Papers set at the Examination for Leaving Certificates, 1894
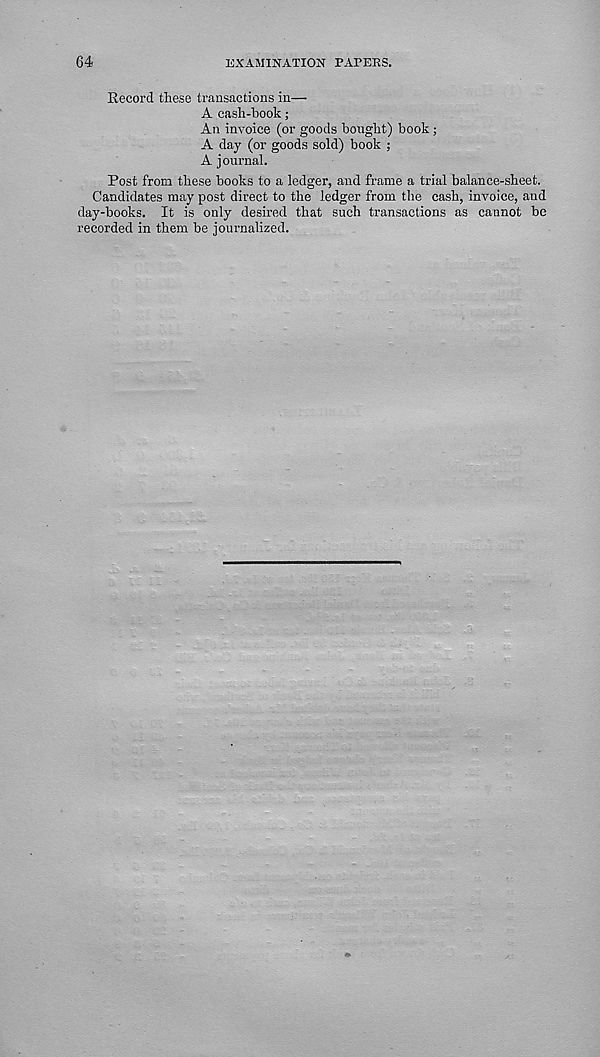
64
EXAMINATION PAPERS.
Record these transactions in—
A cash-book;
An invoice (or goods bought) book ;
A day (or goods sold) book ;
A journal.
Post from these books to a ledger, and frame a trial balance-sheet.
Candidates may post direct to the ledger from the cash, invoice, and
day-books. It is only desired that such transactions as cannot be
recorded in them be journalized.